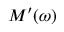
M ^ { \prime } ( \omega )